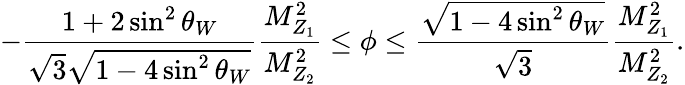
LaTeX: -\frac{1+2\sin^{2}\theta_{W}}{\sqrt 3\sqrt{1-4\sin^{2}\theta_{W}}}\frac{M_{Z_{1}}^{2}}{M_{Z_{2}}^{2}}\leq\phi\leq\frac{\sqrt{1-4\sin^{2}\theta_{W}}}{\sqrt 3}\frac{M_{Z_{1}}^{2}}{M_{Z_{2}}^{2}}.